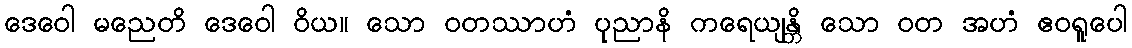
ဒေဝေါ မညေတိ ဒေဝေါ ဝိယ။ သော ဝတဿာဟံ ပုညာနိ ကရေယျန္တိ သော ဝတ အဟံ ဧဝရူပေါ